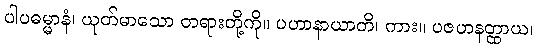
ပါပဓမ္မာနံ၊ ယုတ်မာသော တရားတို့ကို။ ပဟာနာယာတိ၊ ကား။ ပဇဟနတ္ထာယ၊